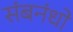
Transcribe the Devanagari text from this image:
संबनंधो